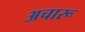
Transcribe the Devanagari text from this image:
अचारू